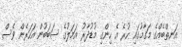
އަނތްބެއްގެ މަގާމުގައި ހުރެ އެ ހިންގި މުޑުދާރު އަމަލުގެ ސަބަބުން އަހަރެން ވެސް